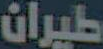
طيران